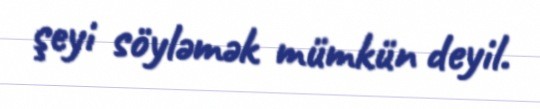
şeyi söyləmək mümkün deyil.